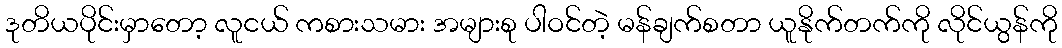
ဒုတိယပိုင်းမှာတော့ လူငယ် ကစားသမား အများစု ပါဝင်တဲ့ မန်ချက်စတာ ယူနိုက်တက်ကို လိုင်ယွန်ကို